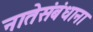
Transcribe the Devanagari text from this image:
नातेसंबंधाना